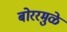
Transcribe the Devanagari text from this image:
बोररमुळे